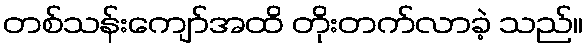
တစ်သန်းကျော်အထိ တိုးတက်လာခဲ့ သည်။